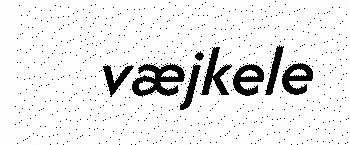
væjkele